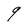
Character: q